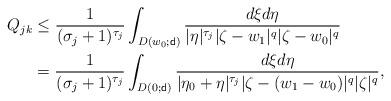
LaTeX: \begin{align*}Q_{jk} & \leq\frac{1}{(\sigma_j+1)^{\tau_j}}\int_{D(w_0;\textsf{d})}\frac{d\xi d\eta}{|\eta|^{\tau_j}|\zeta-w_1|^q|\zeta-w_0|^q}\\ &=\frac{1}{(\sigma_j+1)^{\tau_j}}\int_{D(0;\textsf{d})}\frac{d\xi d\eta}{|\eta_0+\eta|^{\tau_j}|\zeta-(w_1-w_0)|^q|\zeta|^q},\end{align*}